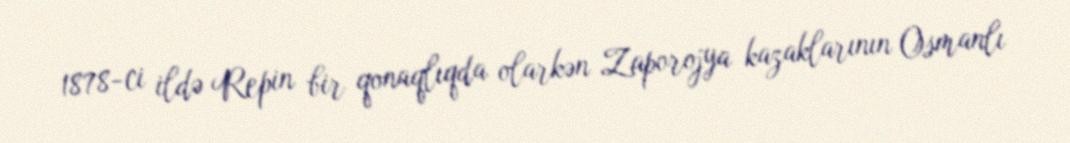
1878-ci ildə Repin bir qonaqlıqda olarkən Zaporojya kazaklarının Osmanlı